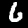
Digit: 6